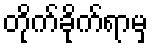
တိုက်ခိုက်ရာမှ